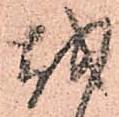
越